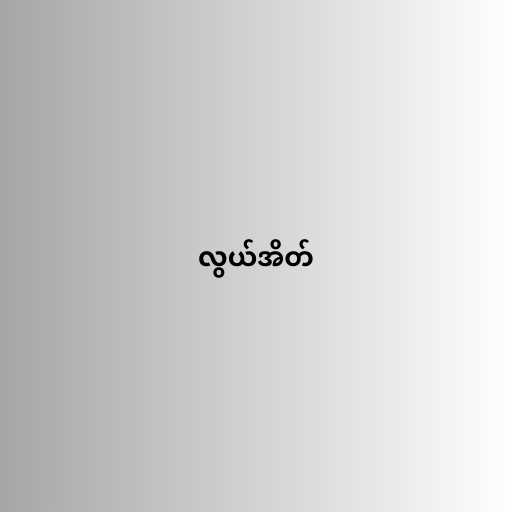
လွယ်အိတ်